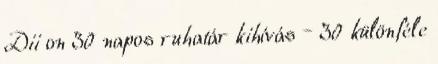
Dii on 30 napos ruhatár kihívás – 30 különféle